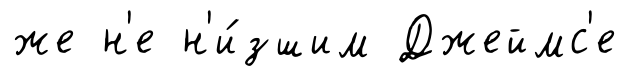
же н'е н'и́зшим Джеймс'е